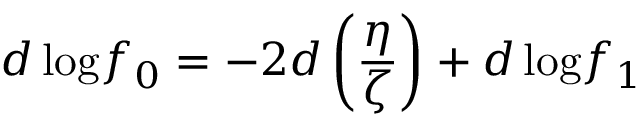
d \, \mathrm { l o g } f _ { 0 } = - 2 d \left( \frac { \eta } { \zeta } \right) + d \, \mathrm { l o g } f _ { 1 }